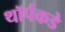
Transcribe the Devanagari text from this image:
थॉर्पकडे